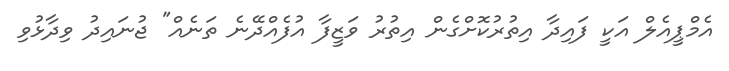
އެމްޕީއެލް އަކީ ފައިދާ އިތުރުކޮށްގެން އިތުރު ވަޒީފާ އުފެއްދޭނެ ތަނެއް" ޖުނައިދު ވިދާޅުވި